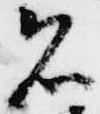
者